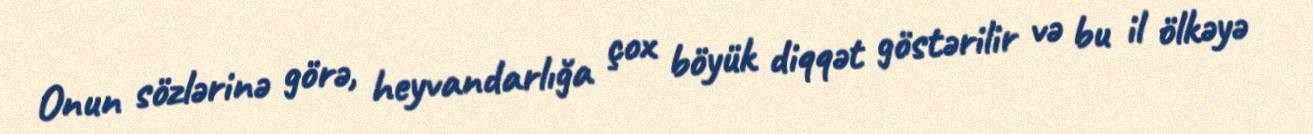
Onun sözlərinə görə, heyvandarlığa çox böyük diqqət göstərilir və bu il ölkəyə